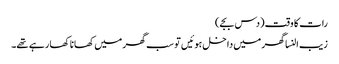
رات کا وقت (دس بجے)
زیب النسا گھر میں داخل ہوئیں تو سب گھر میں کھانا کھا رہے تھے۔